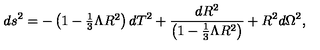
d s ^ { 2 } = - \left( 1 - \textstyle { \frac { 1 } { 3 } } \Lambda R ^ { 2 } \right) d T ^ { 2 } + \frac { d R ^ { 2 } } { \left( 1 - \frac { 1 } { 3 } \Lambda R ^ { 2 } \right) } + R ^ { 2 } d \Omega ^ { 2 } ,